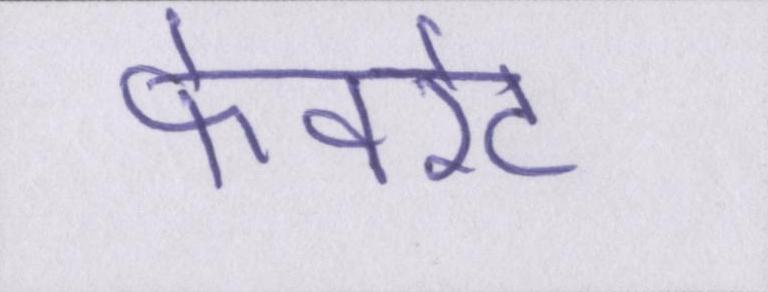
फेवरेट